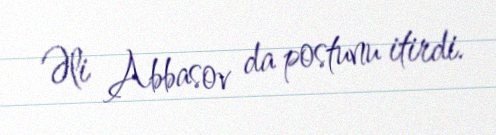
Əli Abbasov da postunu itirdi.